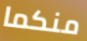
منكما